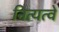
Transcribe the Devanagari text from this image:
नित्यत्वे